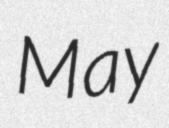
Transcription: May